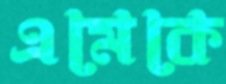
এমেকে